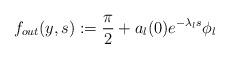
LaTeX: \begin{align*} f_{out}(y,s):=\frac{\pi}{2}+a_{l}(0)e^{-\lambda_{l}s}\phi_{l}\end{align*}